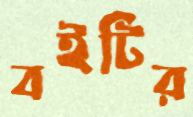
বইটির